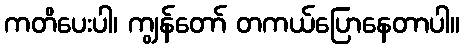
ကတိပေးပါ၊ ကျွန်တော် တကယ်ပြောနေတာပါ။